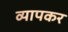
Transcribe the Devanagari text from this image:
व्यापकर